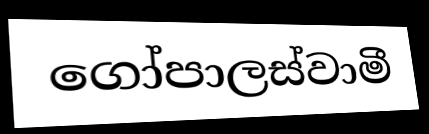
ගෝපාලස්වාමී